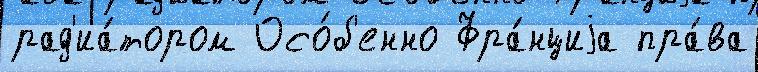
рад'иа́тором Осо́б'енно Фра́нциjа пра́ва